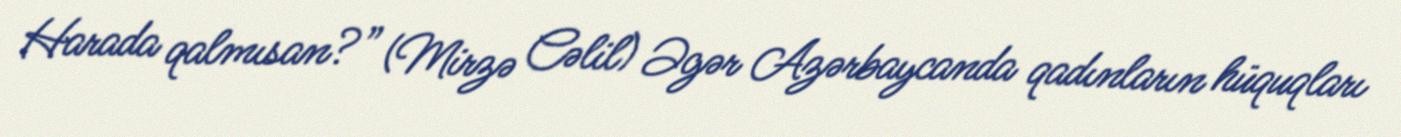
Harada qalmısan?” (Mirzə Cəlil) Əgər Azərbaycanda qadınların hüquqları